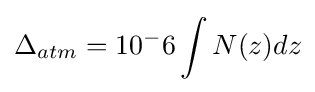
\Delta _{atm}=10^{-}6\int N(z)dz